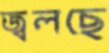
জ্বলছে